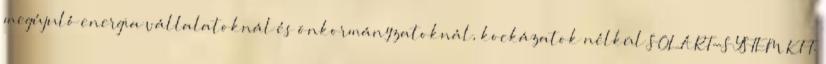
megújuló energia vállalatoknál és önkormányzatoknál, kockázatok nélkül SOLART-SYSTEM KFT.